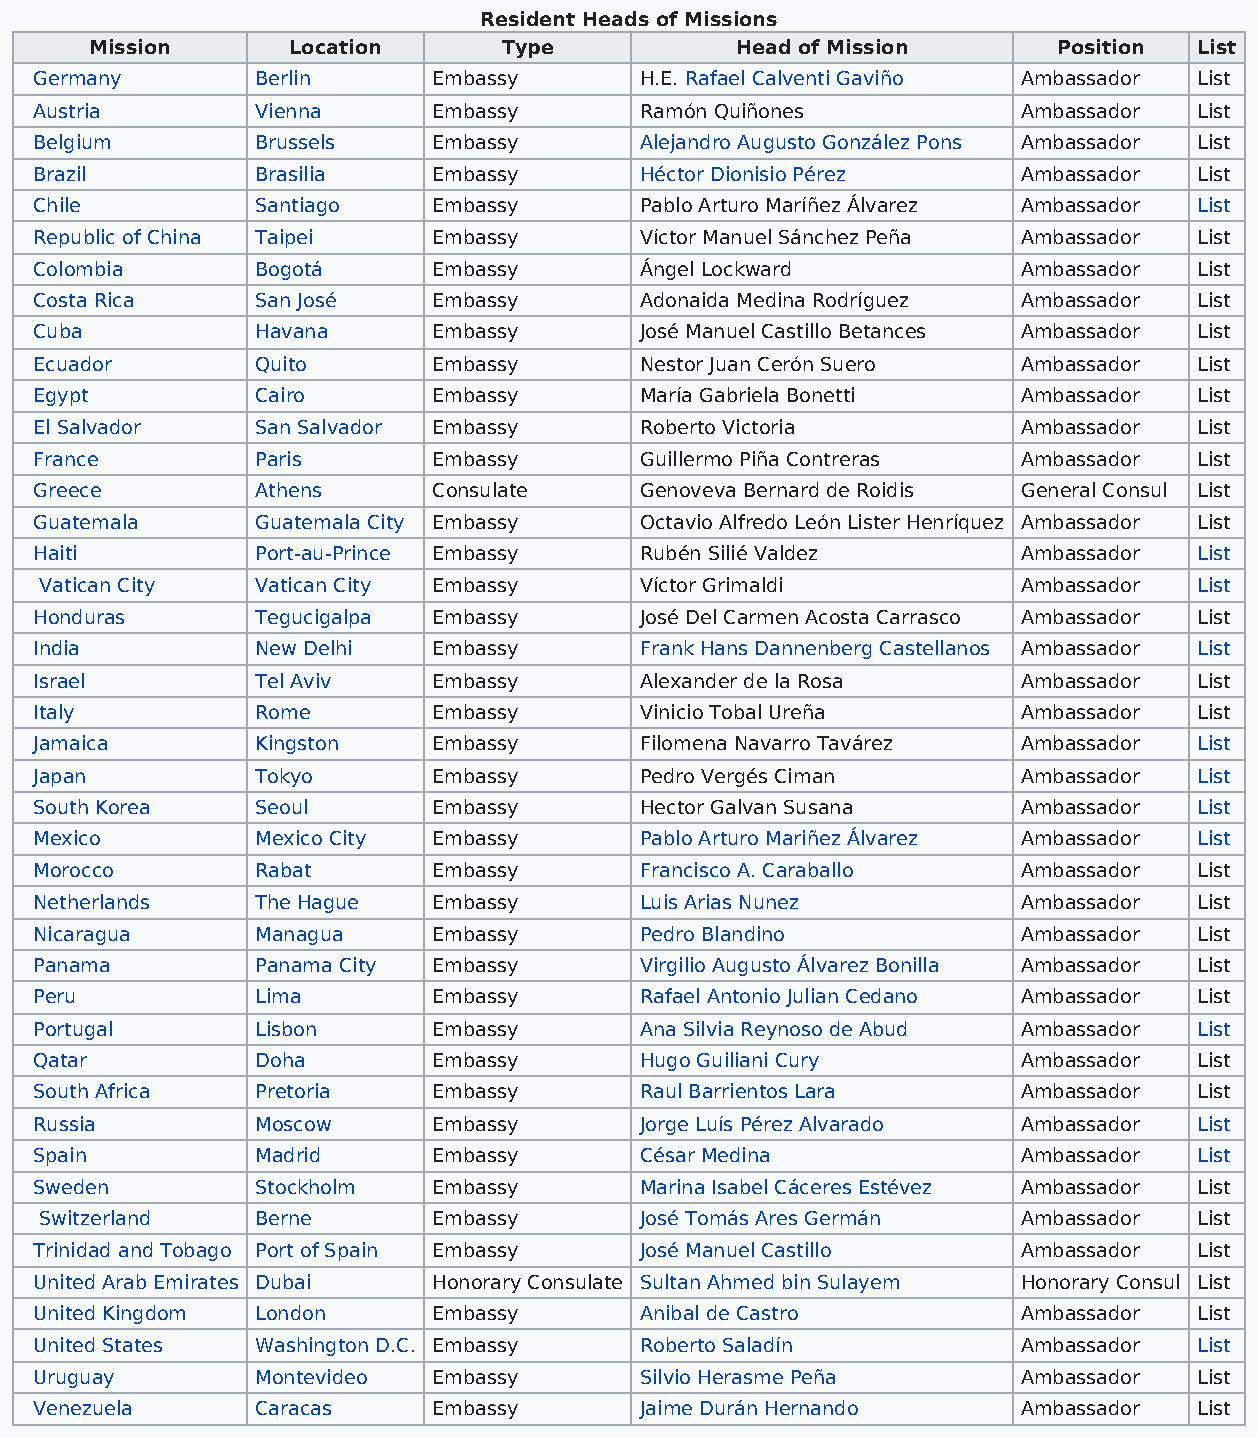
Resident Heads of Missions
 Mission      Location      Type            Head of Mission      Position List
 Germany        Berlin      Embassy      H.E. Rafael Calventi Gaviño Ambassador List
 Austria        Vienna      Embassy      Ramón Quiñones            Ambassador List
 Belgium        Brussels    Embassy      Alejandro Augusto González Pons Ambassador List
 Brazil         Brasilia    Embassy      Héctor Dionisio Pérez     Ambassador List
 Chile          Santiago    Embassy      Pablo Arturo Maríñez Álvarez Ambassador List
 Republic of China Taipei   Embassy      Víctor Manuel Sánchez Peña Ambassador List
 Colombia       Bogotá      Embassy      Ángel Lockward            Ambassador List
 Costa Rica     San José    Embassy      Adonaida Medina Rodríguez Ambassador List
 Cuba           Havana      Embassy      José Manuel Castillo Betances Ambassador List
 Ecuador        Quito       Embassy      Nestor Juan Cerón Suero   Ambassador List
 Egypt          Cairo       Embassy      María Gabriela Bonetti    Ambassador List
 El Salvador    San Salvador Embassy     Roberto Victoria          Ambassador List
 France         Paris       Embassy      Guillermo Piña Contreras  Ambassador List
 Greece         Athens      Consulate    Genoveva Bernard de Roidis General Consul List
 Guatemala      Guatemala City Embassy   Octavio Alfredo León Lister Henríquez Ambassador List
 Haiti          Port-au-Prince Embassy   Rubén Silié Valdez        Ambassador List
 Vatican City  Vatican City Embassy     Víctor Grimaldi           Ambassador List
 Honduras       Tegucigalpa Embassy      José Del Carmen Acosta Carrasco Ambassador List
 India          New Delhi   Embassy      Frank Hans Dannenberg Castellanos Ambassador List
 Israel         Tel Aviv    Embassy      Alexander de la Rosa      Ambassador List
 Italy          Rome        Embassy      Vinicio Tobal Ureña       Ambassador List
 Jamaica        Kingston    Embassy      Filomena Navarro Tavárez  Ambassador List
 Japan          Tokyo       Embassy      Pedro Vergés Ciman        Ambassador List
 South Korea    Seoul       Embassy      Hector Galvan Susana      Ambassador List
 Mexico         Mexico City Embassy      Pablo Arturo Mariñez Álvarez Ambassador List
 Morocco        Rabat       Embassy      Francisco A. Caraballo    Ambassador List
 Netherlands    The Hague   Embassy      Luis Arias Nunez          Ambassador List
 Nicaragua      Managua     Embassy      Pedro Blandino            Ambassador List
 Panama         Panama City Embassy      Virgilio Augusto Álvarez Bonilla Ambassador List
 Peru           Lima        Embassy      Rafael Antonio Julian Cedano Ambassador List
 Portugal       Lisbon      Embassy      Ana Silvia Reynoso de Abud Ambassador List
 Qatar          Doha        Embassy      Hugo Guiliani Cury        Ambassador List
 South Africa   Pretoria    Embassy      Raul Barrientos Lara      Ambassador List
 Russia         Moscow      Embassy      Jorge Luís Pérez Alvarado Ambassador List
 Spain          Madrid      Embassy      César Medina              Ambassador List
 Sweden         Stockholm   Embassy      Marina Isabel Cáceres Estévez Ambassador List
 Switzerland   Berne       Embassy      José Tomás Ares Germán    Ambassador List
 Trinidad and Tobago Port of Spain Embassy José Manuel Castillo    Ambassador List
 United Arab Emirates Dubai Honorary Consulate Sultan Ahmed bin Sulayem Honorary Consul List
 United Kingdom London      Embassy      Anibal de Castro          Ambassador List
 United States  Washington D.C. Embassy  Roberto Saladín           Ambassador List
 Uruguay        Montevideo  Embassy      Silvio Herasme Peña       Ambassador List
 Venezuela      Caracas     Embassy      Jaime Durán Hernando      Ambassador List